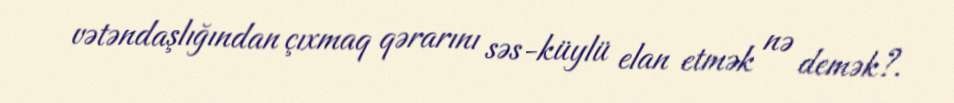
vətəndaşlığından çıxmaq qərarını səs-küylü elan etmək nə demək?.